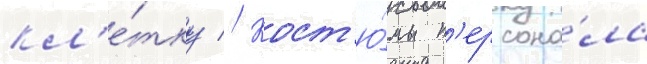
кл'е́тку // Кост'ю́мы п'ерсона́ла